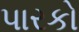
પારકો